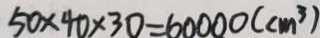
5 0 \times 4 0 \times 3 0 = 6 0 0 0 0 ( c m ^ { 3 } )